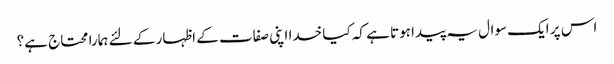
اس پر ایک سوال یہ پیدا ہوتا ہے کہ کیا خدا اپنی صفات کے اظہار کے لئے ہمارا محتاج ہے؟